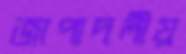
জাপাদলীয়